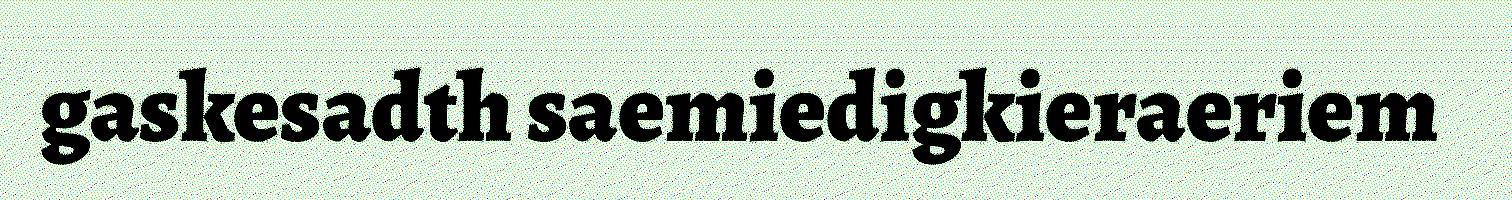
gaskesadth saemiedigkieraeriem